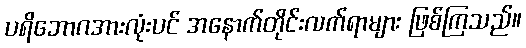
ပရိဘောဂအားလုံးပင် အနောက်တိုင်းလက်ရာများ ဖြစ်ကြသည်။